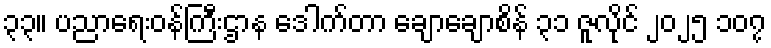
၃၃။ ပညာရေးဝန်ကြီးဌာန ဒေါက်တာ ချောချောစိန် ၃၁ ဇူလိုင် ၂၀၂၅ ၁၀၇